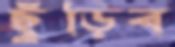
ছুঁড়িব